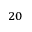
^ { 2 0 }